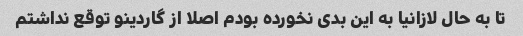
تا به حال لازانیا به این بدی نخورده بودم اصلا از گاردینو توقع نداشتم